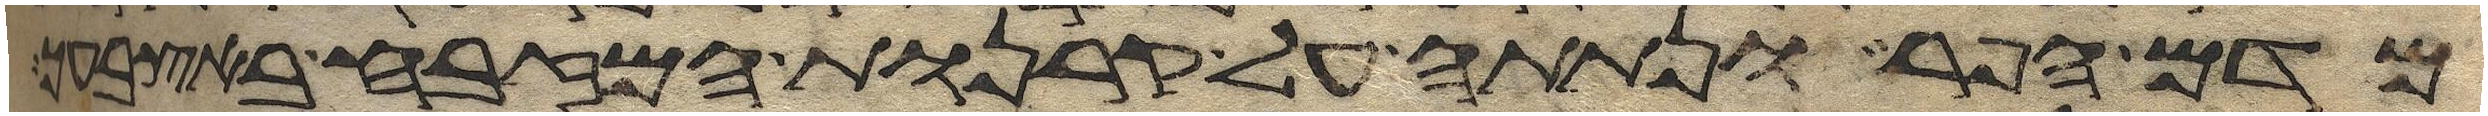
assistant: מדם הפר ונתתה על קרנות המזבח באצבעך